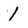
Character: 1